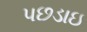
પછડાઇ